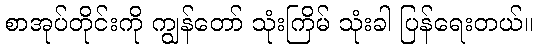
စာအုပ်တိုင်းကို ကျွန်တော် သုံးကြိမ် သုံးခါ ပြန်ရေးတယ်။